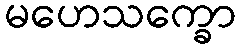
မဟေသက္ခော